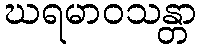
ဃရမာဝသန္တာ